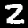
Digit: 2